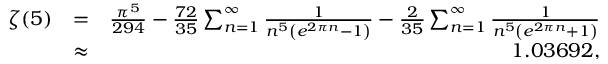
\begin{array} { r l r } { \zeta ( 5 ) } & { = } & { \frac { \pi ^ { 5 } } { 2 9 4 } - \frac { 7 2 } { 3 5 } \sum _ { n = 1 } ^ { \infty } \frac { 1 } { n ^ { 5 } \left( e ^ { 2 \pi n } - 1 \right) } - \frac { 2 } { 3 5 } \sum _ { n = 1 } ^ { \infty } \frac { 1 } { n ^ { 5 } \left( e ^ { 2 \pi n } + 1 \right) } } \\ & { \approx } & { 1 . 0 3 6 9 2 , } \end{array}